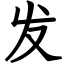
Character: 发